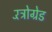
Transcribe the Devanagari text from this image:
रॅट्रोग्रेड